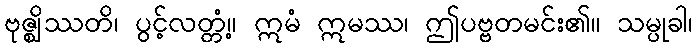
ဗုဇ္ဈိဿတိ၊ ပွင့်လတ္တံ့။ ဣမံ ဣမဿ၊ ဤပဗ္ဗတမင်း၏။ သမ္ပုခါ၊